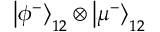
\left| \phi ^ { - } \right\rangle _ { 1 2 } \otimes \left| \mu ^ { - } \right\rangle _ { 1 2 }